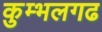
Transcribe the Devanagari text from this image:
कुम्‍भलगढ